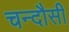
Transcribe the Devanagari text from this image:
चन्‍दौसी